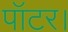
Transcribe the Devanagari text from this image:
पॉटर।